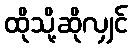
ထိုသို့ဆိုလျှင်